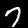
Digit: 7